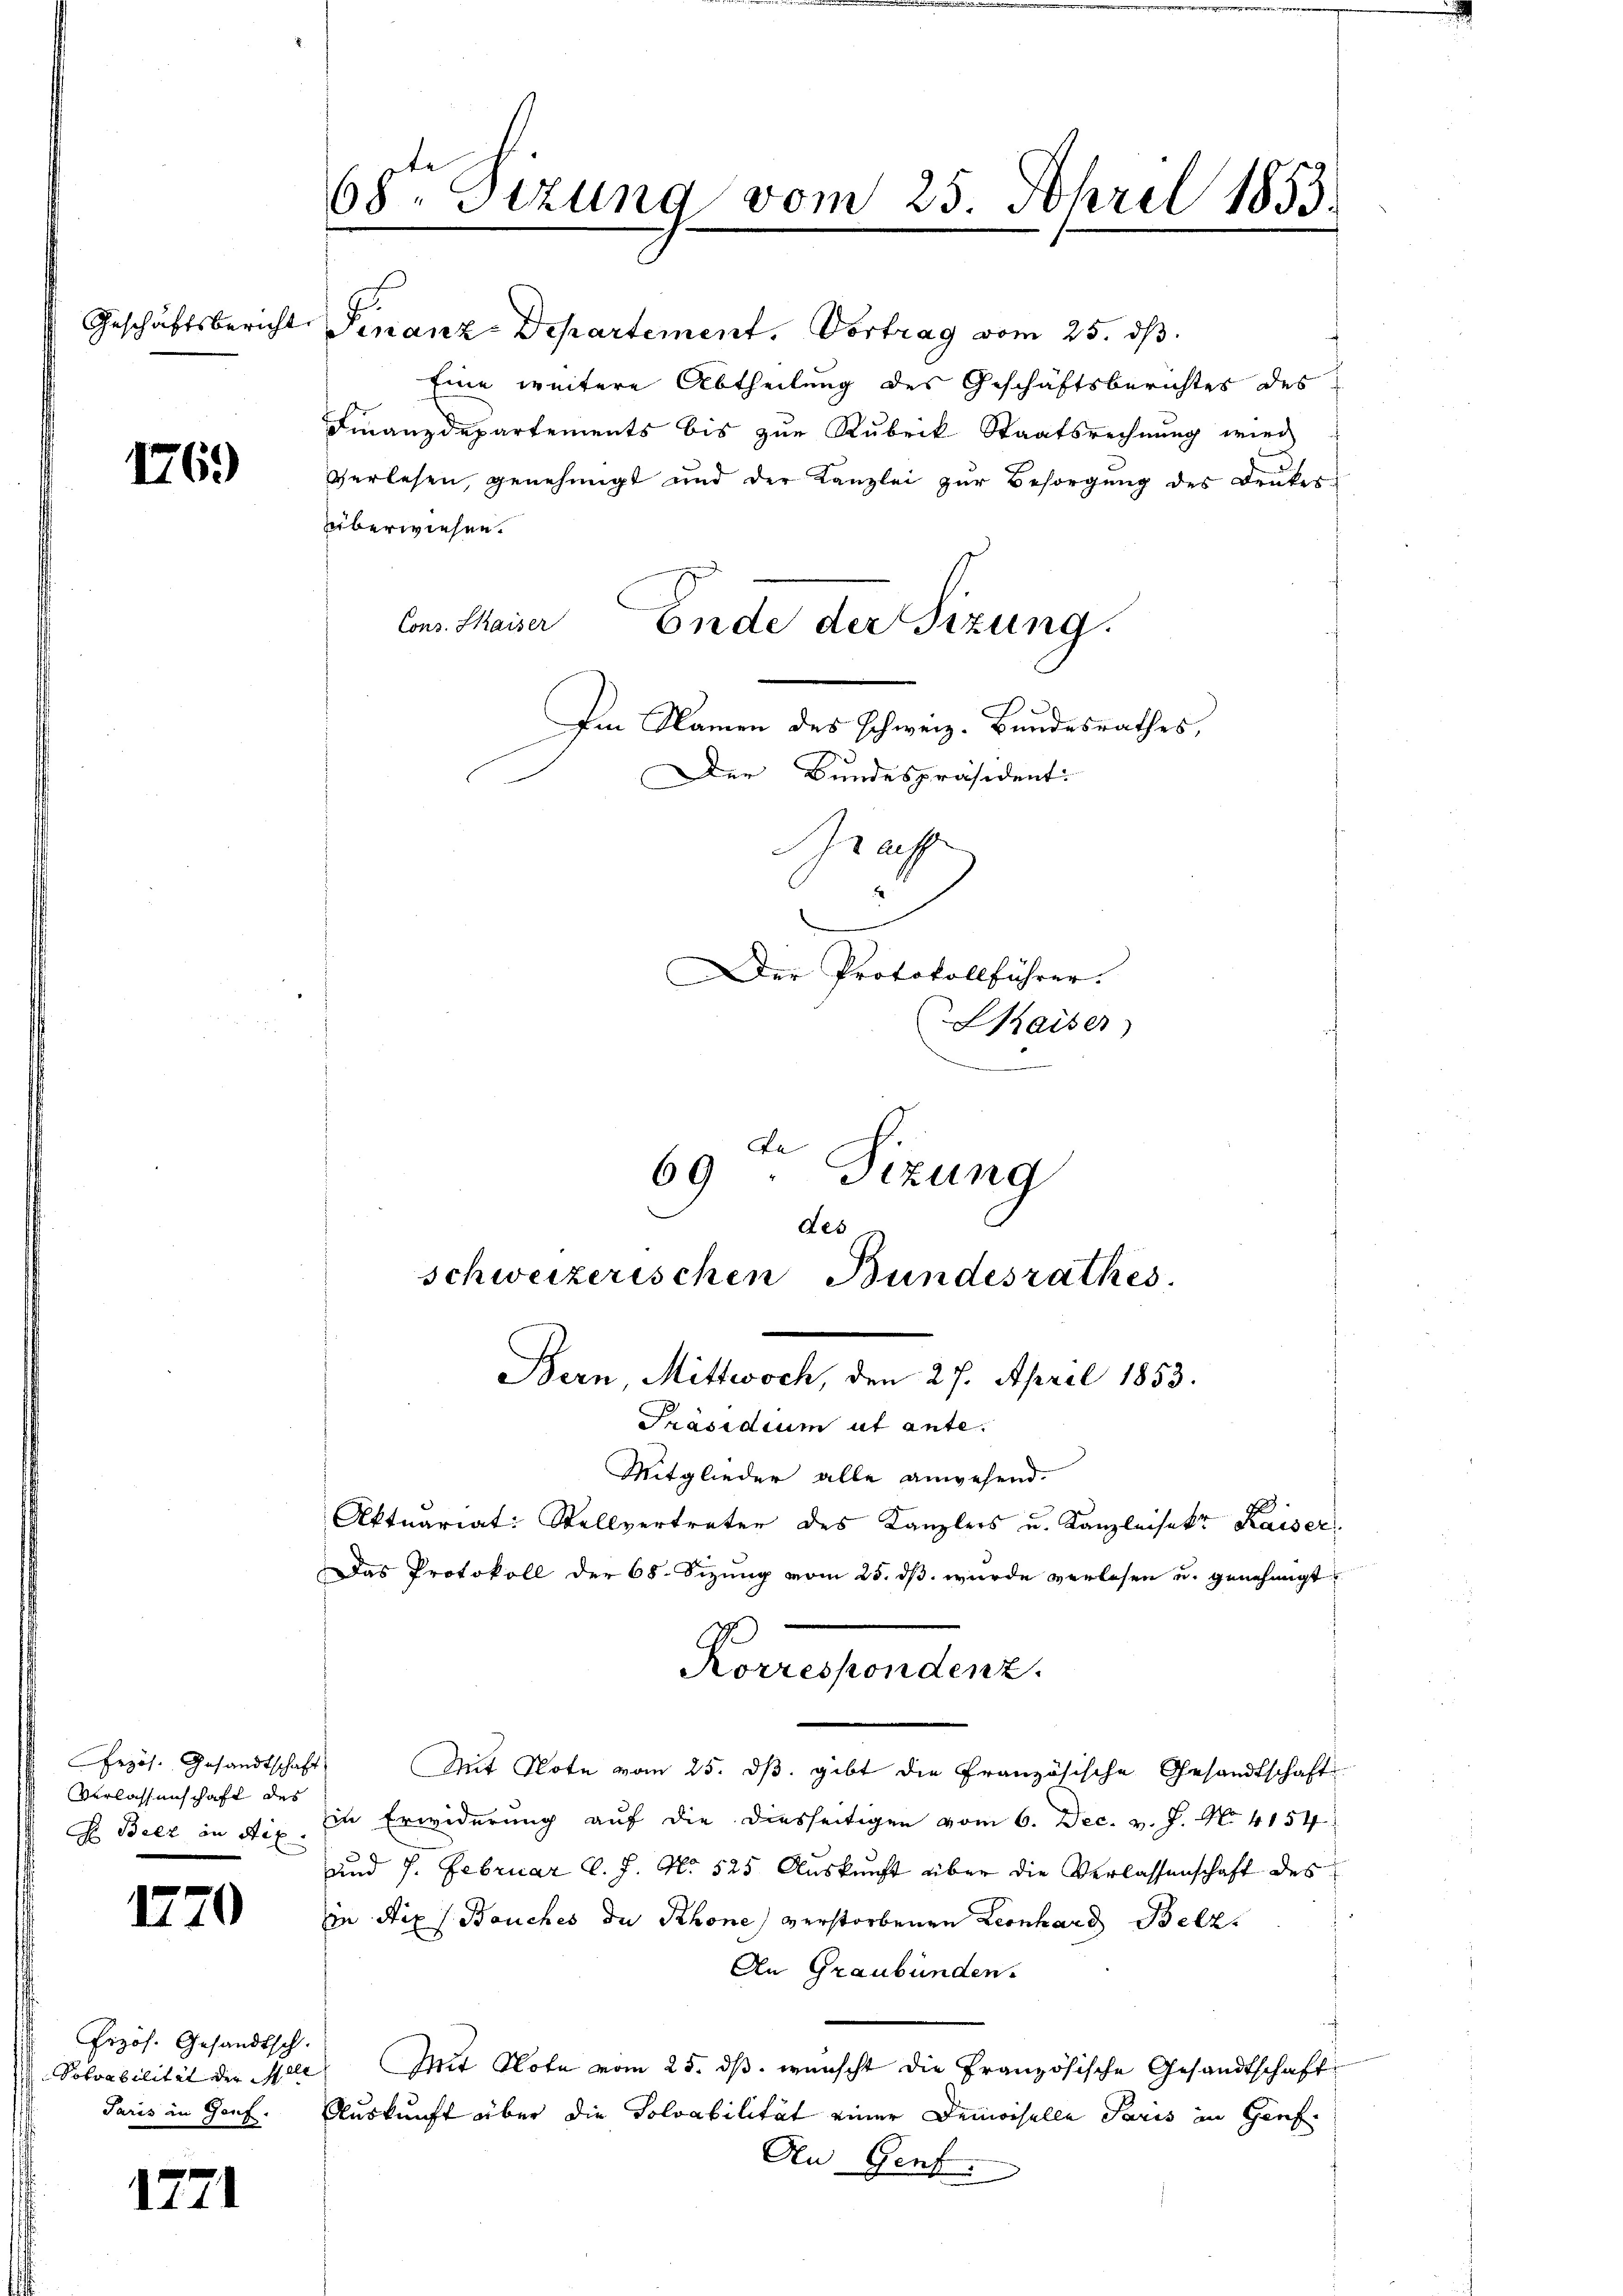
1769

1770

1771

Erzös. Gesandtschaft
Verlassenschaft des
G Belz in Aix

Frzös. Gesandtsch.
Solvabilität der Mlle
Paris in Genf.

68. Sizung vom 25. April 1853.

Geschäftsbericht Finanz-Departement. Vortrag vom 25. ds.
Eine weitere Abtheilung des Geschäftsberichtes des
Finanzdepartements bis zur Rubrik Staatsrechnung wird
verlesen, genehmigt und der Kanzlei zur Besorgung des Druker
überwiesen.
Cons. Kaiser
Ende der Sizung.
Im Namen des Schweiz. Bundesrathes,
Der Bundespräsident:

Mitglieder alle anwesend.
Aktuariat: Stellvertreter des Kanzlers u. Kanzleisekt Kaiser
Das Protokoll der 68. Sizung vom 25. dß wurde verlesen u. genehmigt.
Mit Note vom 25. ds. gibt die Französische Gesandtschaft
in Erwiderung auf die diesseitigen vom 6. Dec. v. J. No. 4154
und 7. Februar l. J. No 525 Auskunft über die Verlassenschaft des
in Aix / Bauches de Rhone) verstorbenen Leonhard Belz.
An Graubünden.
Mit Note vom 25. ds. wünscht die Französische Gesandtschaft
Auskunft über die Tolvabilität einer Demoiselle Paris in Genf.
An Genf.

Graff
Der Protokollführer.
Hhaiser)
e

69. Sizung
des
schweizerischen Bundesrathes.
Bern, Mittwoch, den 27. April 1853.
Präsidium ut ante.

Korrespondenz.